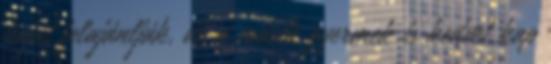
haját felajánlják, de a másik gyermek is kedvet kap